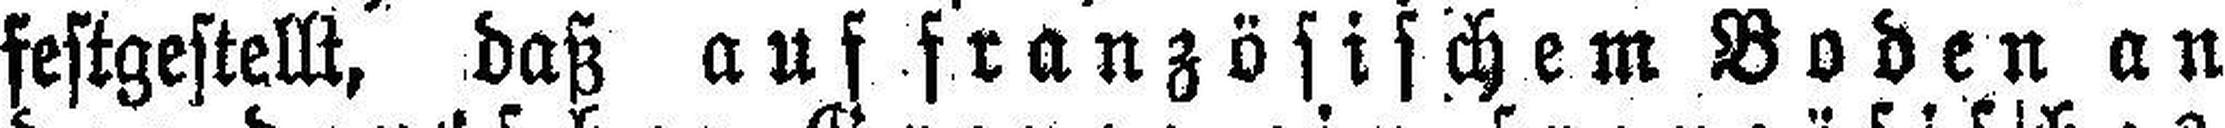
festgestellt, daß auf französischem Boden an